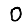
Digit: 0